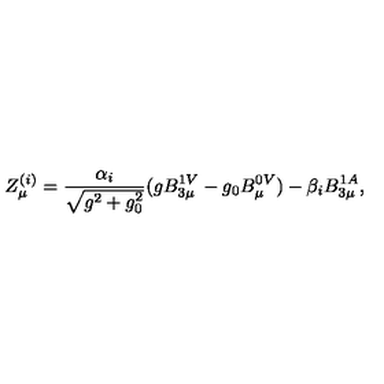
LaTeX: Z _ { \mu } ^ { ( i ) } = \frac { \alpha _ { i } } { \sqrt { g ^ { 2 } + g _ { 0 } ^ { 2 } } } ( g B _ { 3 \mu } ^ { 1 V } - g _ { 0 } B _ { \mu } ^ { 0 V } ) - \beta _ { i } B _ { 3 \mu } ^ { 1 A } ,